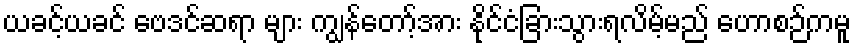
ယခင့်ယခင် ဗေဒင်ဆရာ များ ကျွန်တော့်အား နိုင်ငံခြားသွားရလိမ့်မည် ဟောစဉ်ကမူ